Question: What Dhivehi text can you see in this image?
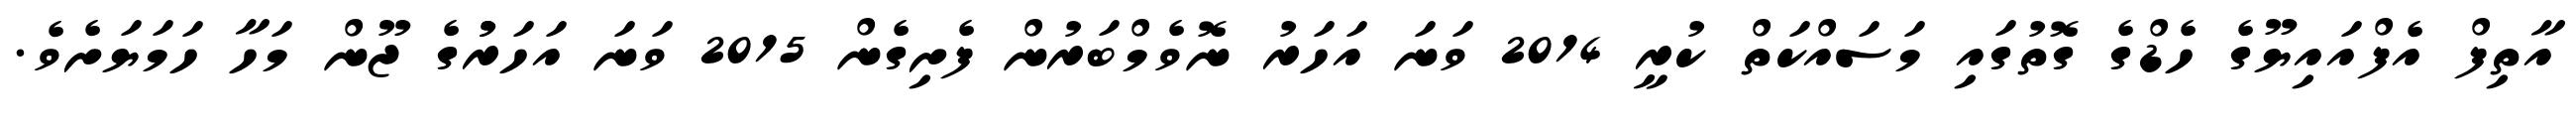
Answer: އާތިފް އެފްއައިޔޫގެ ހެޑްގެ ގޮތުގައި މަސައްކަތް ކުރީ 2014 ވަނަ އަހަރު ނޮވެމްބަރުން ފެށިގެން 2015 ވަނަ އަހަރުުގެ ޖޫން މަހާ ހަމަޔަށެވެ.